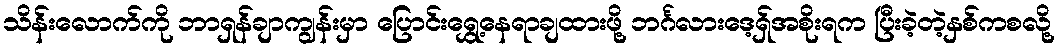
သိန်းလောက်ကို ဘာရှန်ချာကျွန်းမှာ ပြောင်းရွှေ့နေရာချထားဖို့ ဘင်္ဂလားဒေ့ရှ်အစိုးရက ပြီးခဲ့တဲ့နှစ်ကစလို့